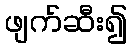
ဖျက်ဆီး၍